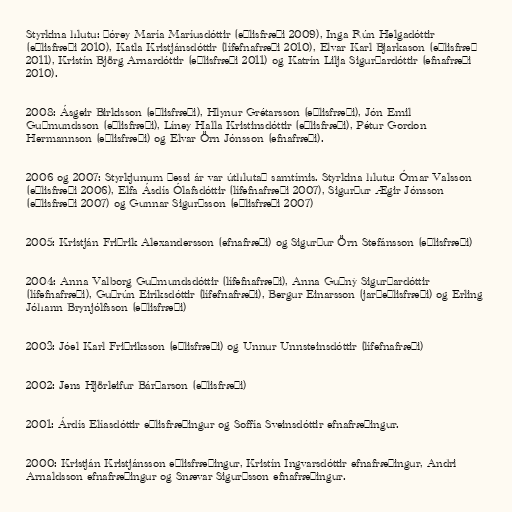
Styrkina hlutu: Þórey María Maríusdóttir (eðlisfræði 2009), Inga Rún Helgadóttir
(eðlisfræði 2010), Katla Kristjánsdóttir (lífefnafræði 2010), Elvar Karl Bjarkason (eðlisfræð
2011), Kristín Björg Arnardóttir (eðlisfræði 2011) og Katrín Lilja Sigurðardóttir (efnafræði
2010).

2008: Ásgeir Birkisson (eðlisfræði), Hlynur Grétarsson (eðlisfræði), Jón Emil
Guðmundsson (eðlisfræði), Líney Halla Kristinsdóttir (eðlisfræði), Pétur Gordon
Hermannson (eðlisfræði) og Elvar Örn Jónsson (efnafræði).

2006 og 2007: Styrkjunum þessi ár var úthlutað samtímis. Styrkina hlutu: Ómar Valsson
(eðlisfræði 2006), Elfa Ásdís Ólafsdóttir (lífefnafræði 2007), Sigurður Ægir Jónsson
(eðlisfræði 2007) og Gunnar Sigurðsson (eðlisfræði 2007)

2005: Kristján Friðrik Alexandersson (efnafræði) og Sigurður Örn Stefánsson (eðlisfræði)

2004: Anna Valborg Guðmundsdóttir (lífefnafræði), Anna Guðný Sigurðardóttir
(lífefnafræði), Guðrún Eiríksdóttir (lífefnafræði), Bergur Einarsson (jarðeðlisfræði) og Erling
Jóhann Brynjólfsson (eðlisfræði)

2003: Jóel Karl Friðriksson (eðlisfræði) og Unnur Unnsteinsdóttir (lífefnafræði)

2002: Jens Hjörleifur Bárðarson (eðlisfræði)

2001: Árdís Elíasdóttir eðlisfræðingur og Soffía Sveinsdóttir efnafræðingur.

2000: Kristján Kristjánsson eðlisfræðingur, Kristín Ingvarsdóttir efnafræðingur, Andri
Arnaldsson efnafræðingur og Snævar Sigurðsson efnafræðingur.